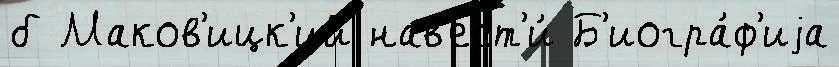
б Маков'ицк'ий нав'ест'и́ Б'иогра́ф'иjа